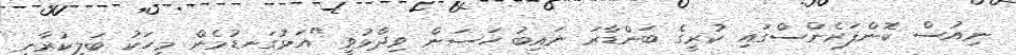
ނިއުސް ކޮންފަރެންސްގައި ކުރީގެ ބަންޑާރަ ނައިބު ހަސަން ވިދާޅުވީ "އަޅުގަނޑުމެން މީހަކު ބަލިކުރާނީ